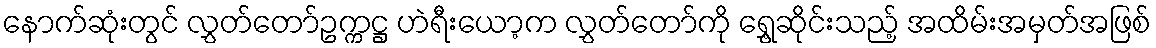
နောက်ဆုံးတွင် လွှတ်တော်ဥက္ကဋ္ဌ ဟဲရီးယော့က လွှတ်တော်ကို ရွှေ့ဆိုင်းသည့် အထိမ်းအမှတ်အဖြစ်